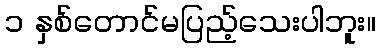
၁ နှစ်တောင်မပြည့်သေးပါဘူး။